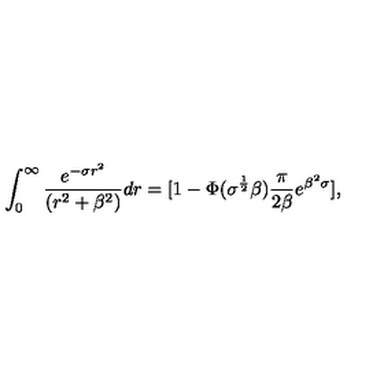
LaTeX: \int _ { 0 } ^ { \infty } \frac { e ^ { - \sigma r ^ { 2 } } } { ( r ^ { 2 } + \beta ^ { 2 } ) } d r = [ 1 - \Phi ( \sigma ^ { \frac { 1 } { 2 } } \beta ) \frac { \pi } { 2 \beta } e ^ { \beta ^ { 2 } \sigma } ] ,